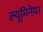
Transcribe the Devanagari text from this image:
ल्यूमिनेयर